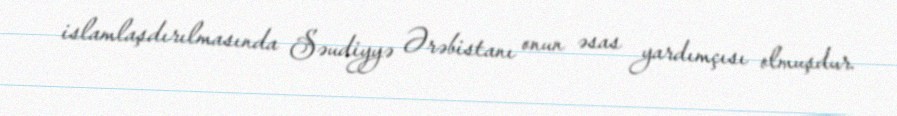
islamlaşdırılmasında Səudiyyə Ərəbistanı onun əsas yardımçısı olmuşdur.